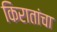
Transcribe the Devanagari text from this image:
किरातांचा